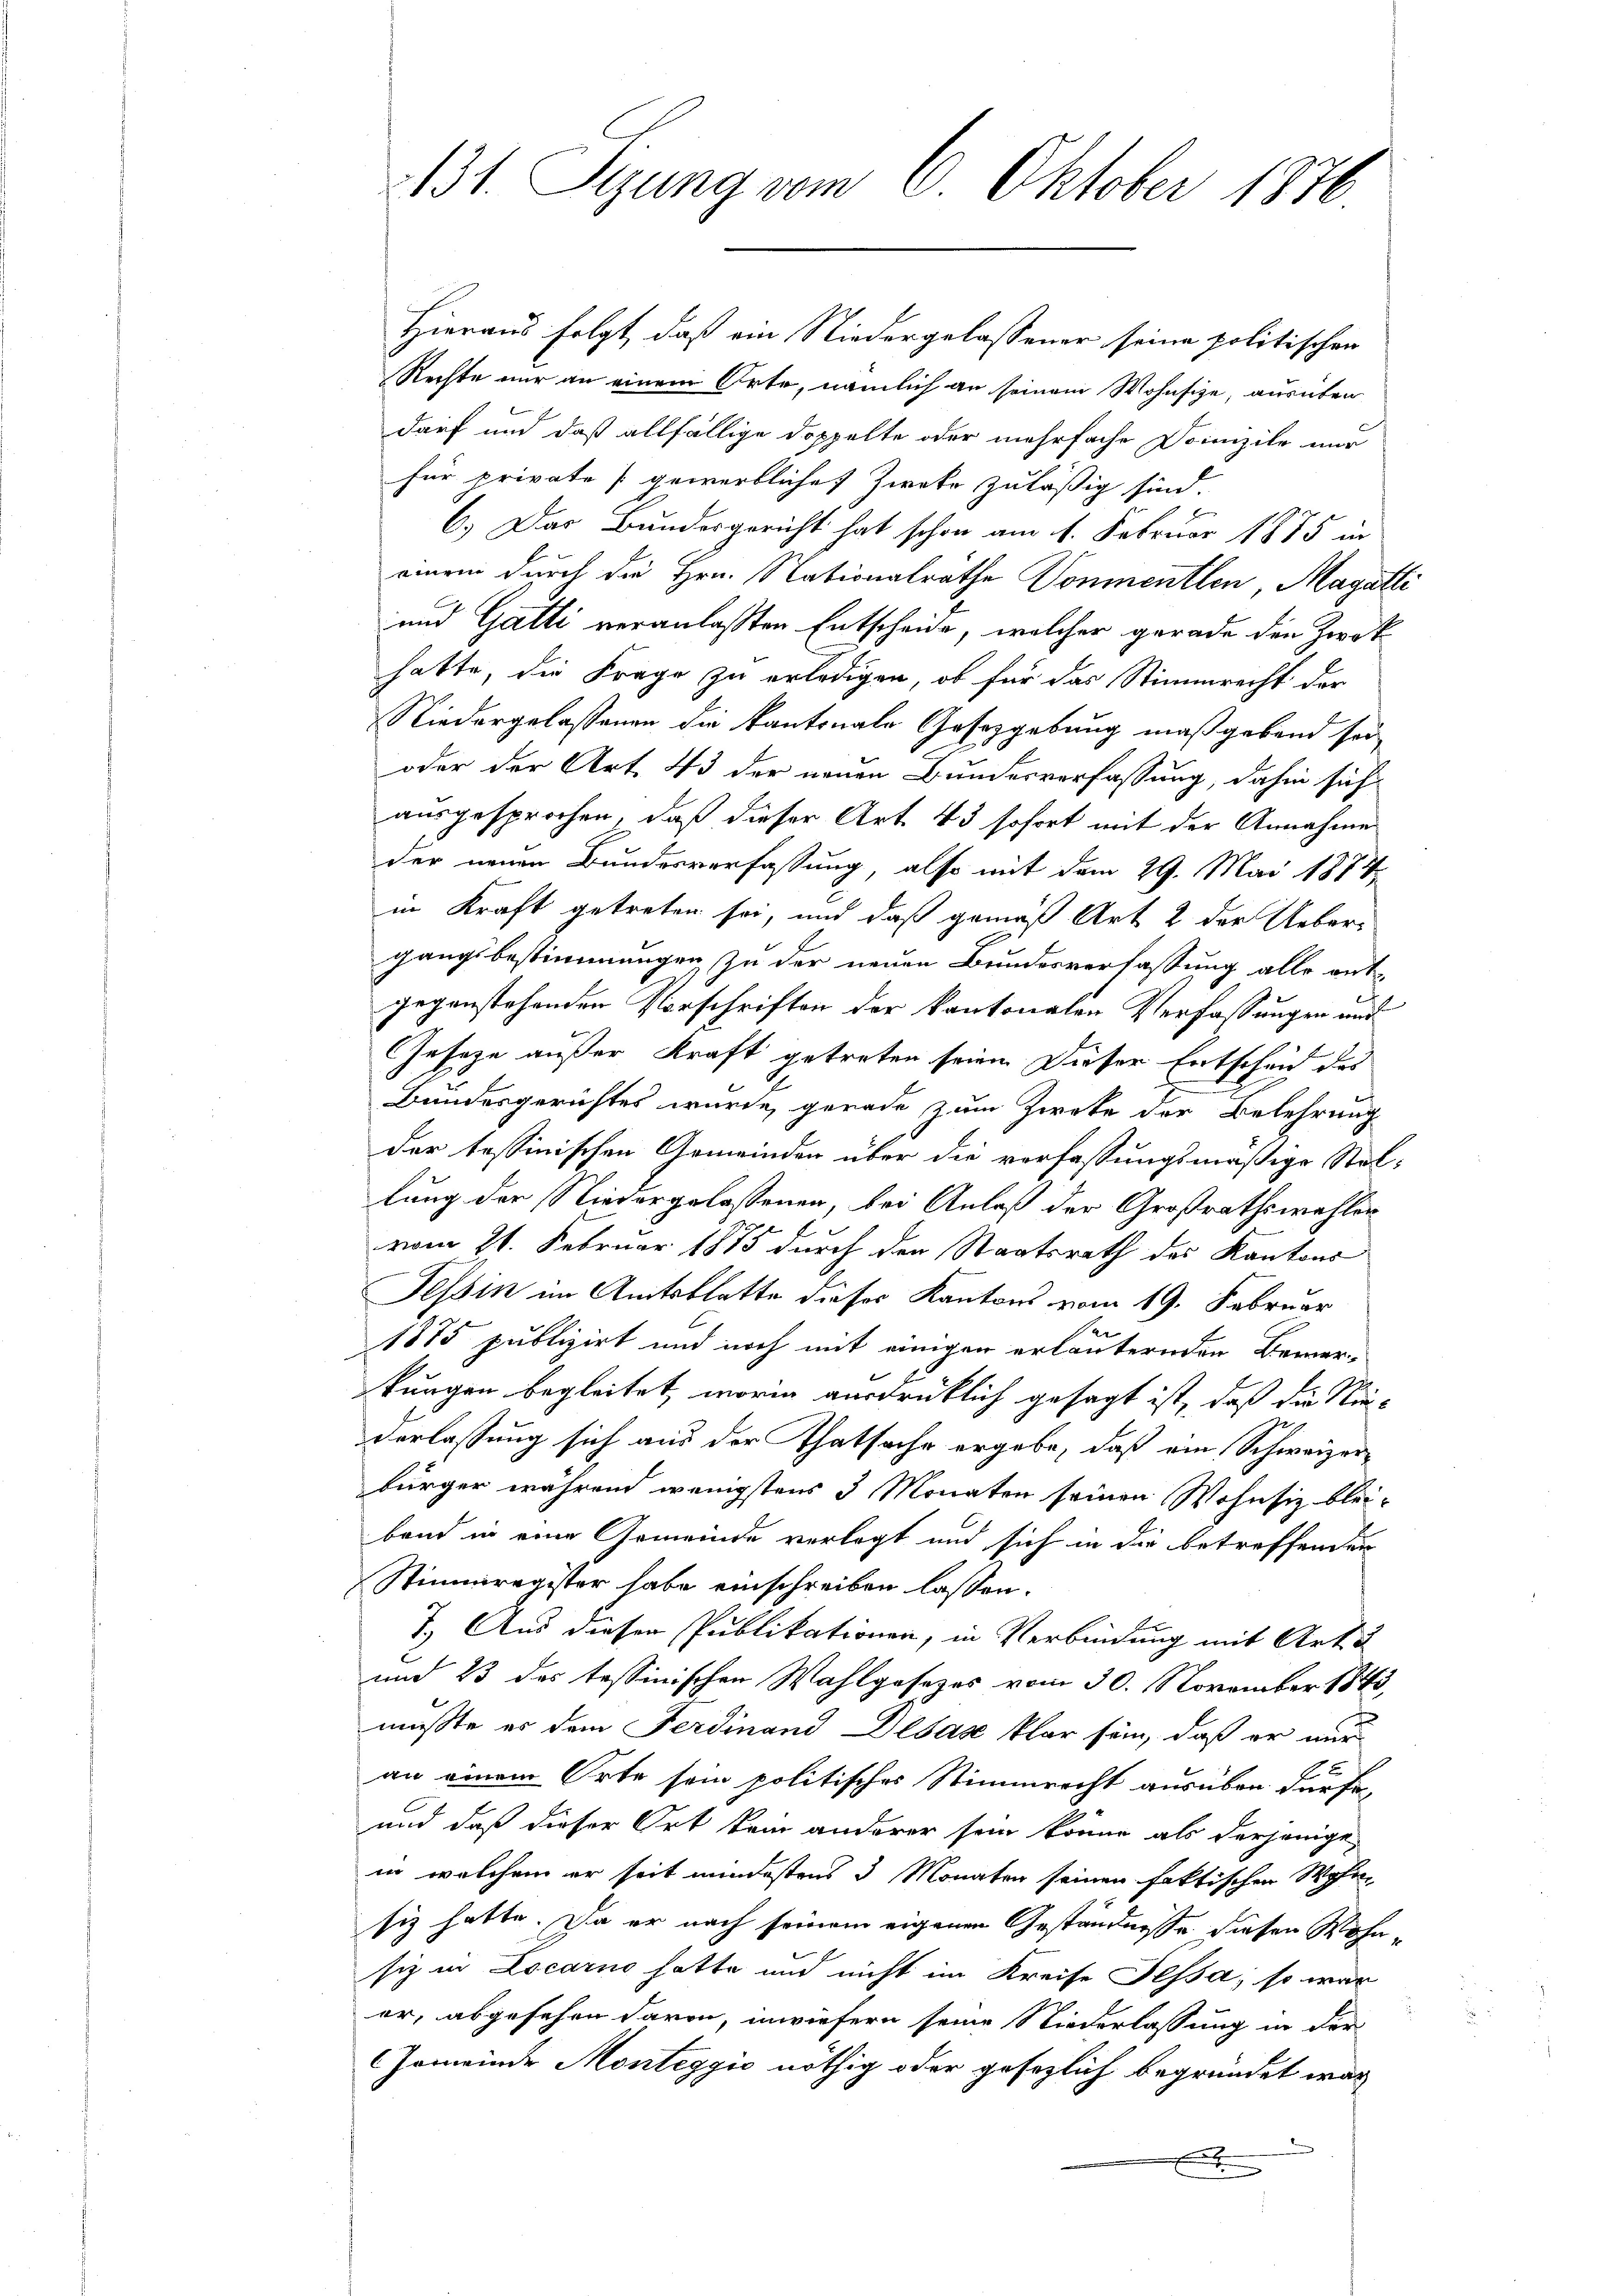
131. Stzung vom 8. Oktober 1876

Hieraus folgt, daß ein Niedergelassener seine politischen
Rechte nur an einem Orte, nämlich an seinem Wohnsize, ausüben
darf und daß allfällige Doppelte oder mehrfache Domizile nur
für private gewerbliche Zweko zuläßig sind.
6.) Das Bundesgericht hat schon am 1. Februar 1875 in
einem durch die Hrn. Nationalrathe Vonmentlen, Magatti
und Gatti veranlaßten Entscheide, welcher gerade den Zwek
hatte, die Frage zu erledigen, ob für das Stimmrecht der
Niedergelassenen die Kantonale Gesetzgebung maßgebend sei
oder der Art. 43 der neuen Bundesverfassung, dahin sich
ausgesprochen, daß dieser Art. 43 sofort mit der Annahme
der neuen Bundesverfassung, also mit dem 29. Mai 1874
in Kraft getreten sei, und daß gemäß Art. 2 der Ueber-
gangsbestimmungen zu der neuen Bundesverfassung alle entgegenstehenden Vorschriften der kantonalen Verfassungen und
Gesetze außer Kraft getreten seien. Dieser Entscheid des
Bundesgerichtes wurde gerade zum Zweke der Belehrung
der tessinischen Gemeinden über die verfassungsmäßige Stellung der Niedergelassenen, bei Anlaß der Großrathswahlen
vom 21. Februar 1885 durch den Staatsrath des Kantons
Tessin im Amtsblatte dieses Kantons vom 19. Februar
e
1875 publizirt und noch mit einigen erläuternden Bemer-
kungen begleitet, worin ausdrücklich gesagt ist, daß die Niederlassung sich aus der Thatsache ergebe, daß ein Schweizerbürger während wenigstens 3 Monaten seinen Wohnsiz bleiband in eine Gemeinde verlegt und sich in die betreffender
Stimmregister habe einschreiben lassen.
7.) Aus dieser Publikationen, in Verbindung mit Art. 5
und 23 des tessinischen Wahlgesetzes vom 30. November 1843
musste es dem Ferdinand Desaz klar sein, daß er nur
an einem Orte sein politisches Stimmrecht ausüben dürfe,
und daß dieser Ort kein anderer sein könne als derjenige
in welchem er seit mindestens 3 Monaten seinen faktischen Wohlen
siz hatte. Da er nach seinem eigenen Geständnisse diesen Wohnsiz in Locarno hatte und nicht im Kreise Pessa, so war
er, abgesehen davon, inwiefern seine Niederlassung in der
GGemeinde Monteggić nöthig oder gesezlich begründet war
E